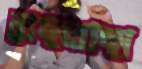
বাছাবাছা